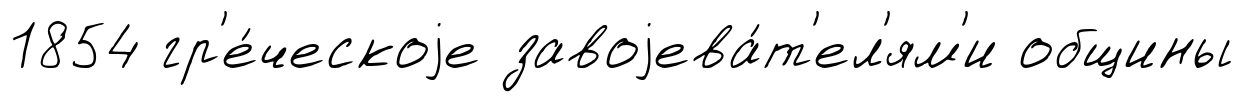
1854 гр'е́ческоjе завоjева́т'ел'ям'и общины